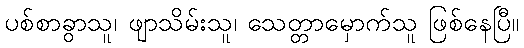
ပစ်စာခွာသူ၊ ဖျာသိမ်းသူ၊ သေတ္တာမှောက်သူ ဖြစ်နေပြီ။